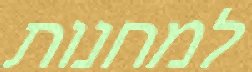
למחנות